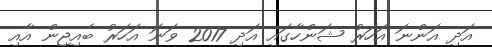
އަދި އަންނަ އަހަރު ޝަންހާގައި އަދި 2017 ވަނަ އަހަރު ބެއިޖިން އާއި